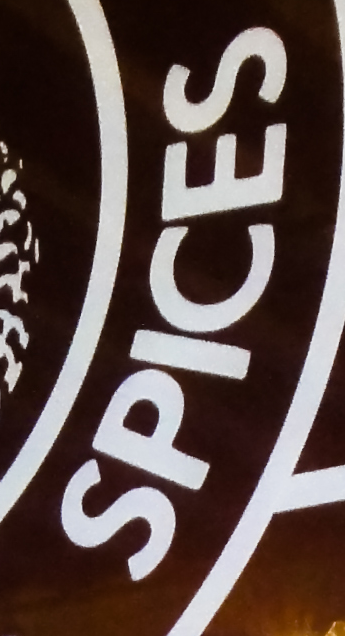
SPICES